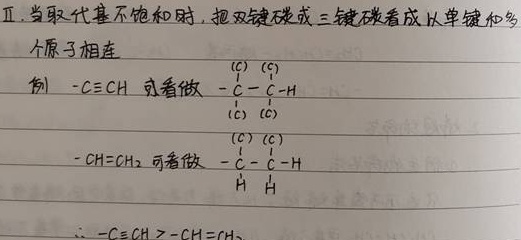
Ⅱ. 当取代基不饱和时，把双键碳或三键碳看成以单键和多个原子相连。例：
\(-\mathrm{C}\equiv\mathrm{CH}\) 可看做 \(-\overset{\overset{(\mathrm{C})}{\vert}}{\mathrm{C}}-\overset{\overset{(\mathrm{C})}{\vert}}{\underset{\underset{\mathrm{H}}{\vert}}{\mathrm{C}}}\)
\(-\mathrm{CH}=\mathrm{CH}_{2}\) 可看做 \(-\overset{\overset{(\mathrm{C})}{\vert}}{\mathrm{C}}-\overset{\overset{(\mathrm{C})}{\vert}}{\underset{\underset{\mathrm{H}}{\vert}}{\mathrm{C}}}-\mathrm{H}\)
\(\therefore -\mathrm{C}\equiv\mathrm{CH}>-\mathrm{CH}=\mathrm{CH}_{2}\)